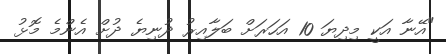
"އޭނާ އަކީ މިދިޔަ 10 އަހަރަށް ބަލާއިރު ދުނިޔެ ދުށް އެންމެ މޮޅު